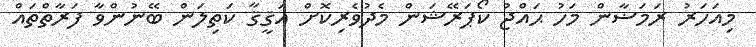
މިއަހަރު ރަމަޟާން މަހު ޙައްޖު ކޯޕަރޭޝަން މެދުވެރިކޮށް އަޤީޤާ ކަތިލަން ބޭނުންވާ ފަރާތްތައް